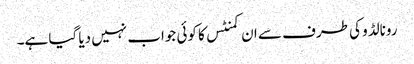
رونالڈو کی طرف سے ان کمنٹس کا کوئی جواب نہیں دیا گیا ہے۔